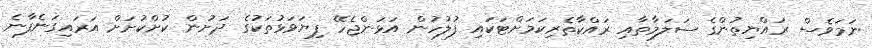
ނަމަވެސް ރައްޔިތުންގެ ސަލަމާތާއި ރައްކާތެރިކަމަށްޓަކައި ފުލުހުން އަޅަންޖެހޭ ފިޔަވަޅުތަކުގެ ދަށުން ކުށްކުށަށް އަރައިގަނެފާނެ